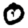
Digit: 0